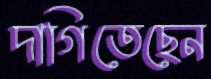
দাগিতেছেন